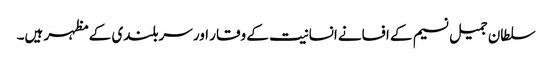
سلطان جمیل نسیم کے افسانے انسانیت کے وقار اور سربلندی کے مظہر ہیں۔